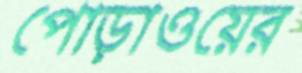
পোড়াওয়ের